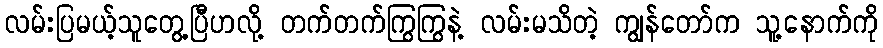
လမ်းပြမယ့်သူတွေ့ပြီဟလို့ တက်တက်ကြွကြွနဲ့ လမ်းမသိတဲ့ ကျွန်တော်က သူ့နောက်ကို